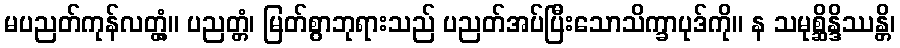
မပညတ်ကုန်လတ္တံ့။ ပညတ္တံ၊ မြတ်စွာဘုရားသည် ပညတ်အပ်ပြီးသောသိက္ခာပုဒ်ကို။ န သမုစ္ဆိန္ဒိဿန္တိ၊